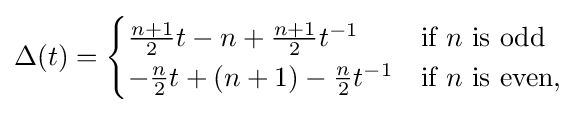
\Delta (t)={\begin{cases}{\frac {n+1}{2}}t-n+{\frac {n+1}{2}}t^{-1}&{\text{if }}n{\text{ is odd}}\\-{\frac {n}{2}}t+(n+1)-{\frac {n}{2}}t^{-1}&{\text{if }}n{\text{ is even,}}\\\end{cases}}